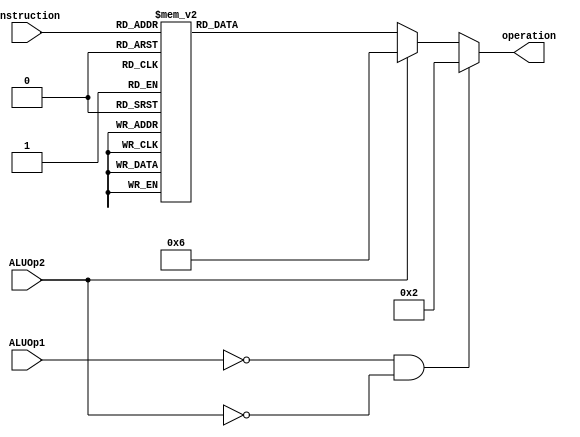
`timescale 1ns / 1ps
//////////////////////////////////////////////////////////////////////////////////
// Company: 
// Engineer: 
// 
// Design Name: 
// Module Name:    ALUcontrol 
// Project Name: 
// Target Devices: 
// Tool versions: 
// Description: 
//
// Dependencies: 
//
// Revision: 
// Revision 0.01 - File Created
// Additional Comments: 
//
//////////////////////////////////////////////////////////////////////////////////
module ALUcontrol(
    input [5:0] instruction,
    input ALUOp1,
	 input ALUOp2,
	 output reg[4:0] operation
    );


always @* 
begin
	if((~ALUOp1)&&(~ALUOp2))begin
	operation=5'b00010;	//Vegas: "Creo que es un Load"
	end
	else
		if(ALUOp2)begin
			operation=5'b00110;	//BEQ (Idem Resta)
		end
		else 
		case (instruction[5:0])
			6'b100100:
				operation=5'b00000;	//AND
			6'b100101:
				operation=5'b00001;	//OR
			6'b100000:
				operation=5'b00010;	//Suma
			6'b100110:
				operation=5'b00011;	//XOR (Custom Opcode)
			6'b000000:
				operation=5'b00100;	//SLL (Custom Opcode)
			6'b000010:
				operation=5'b00101;	//SRL (Custom Opcode)	
			6'b100010: 
				operation=5'b00110;	//Resta
			6'b101010: 
				operation=5'b00111;	//SLT (Set on less than)
			6'b000011:
				operation=5'b01000;	//SRA (Custom Opcode)
			6'b000110:
				operation=5'b01001;	//SRLV (Custom Opcode)
			6'b000111:
				operation=5'b01010;	//SRAV (Custom Opcode)
			6'b000100:
				operation=5'b01011;	//SLLV (Custom Opcode)
			6'b100111:
				operation=5'b01100;	//NOR
			6'b100001:
				operation=5'b01101;	//ADDU (Custom Opcode)
			6'b100011:
				operation=5'b01110;	//SUBU (Custom Opcode)
			6'b101011:
				operation=5'b01111;	//SLTU (Custom Opcode)
			6'b001000:
				operation=5'b10000;	//ADDI (Custom Opcode)
			6'b001001:
				operation=5'b10001;	//ADDIU (Custom Opcode)
			6'b001100:
				operation=5'b10010;	//ANDI (Custom Opcode)
			6'b001101:
				operation=5'b10011;	//ORI (Custom Opcode)
			6'b001110:
				operation=5'b10100;	//XORI (Custom Opcode)
			6'b001010:
				operation=5'b10101;	//SLTI (Custom Opcode)
			6'b001011:
				operation=5'b10110;	//SLTIU (Custom Opcode)
			6'b001111:
				operation=5'b10111;	//LUI	(Custom Opcode)
			default:
				operation=5'b00000;
		endcase
	end

			



	

endmodule